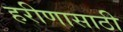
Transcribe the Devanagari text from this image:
हरीणासाठी